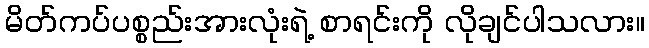
မိတ်ကပ်ပစ္စည်းအားလုံးရဲ့ စာရင်းကို လိုချင်ပါသလား။